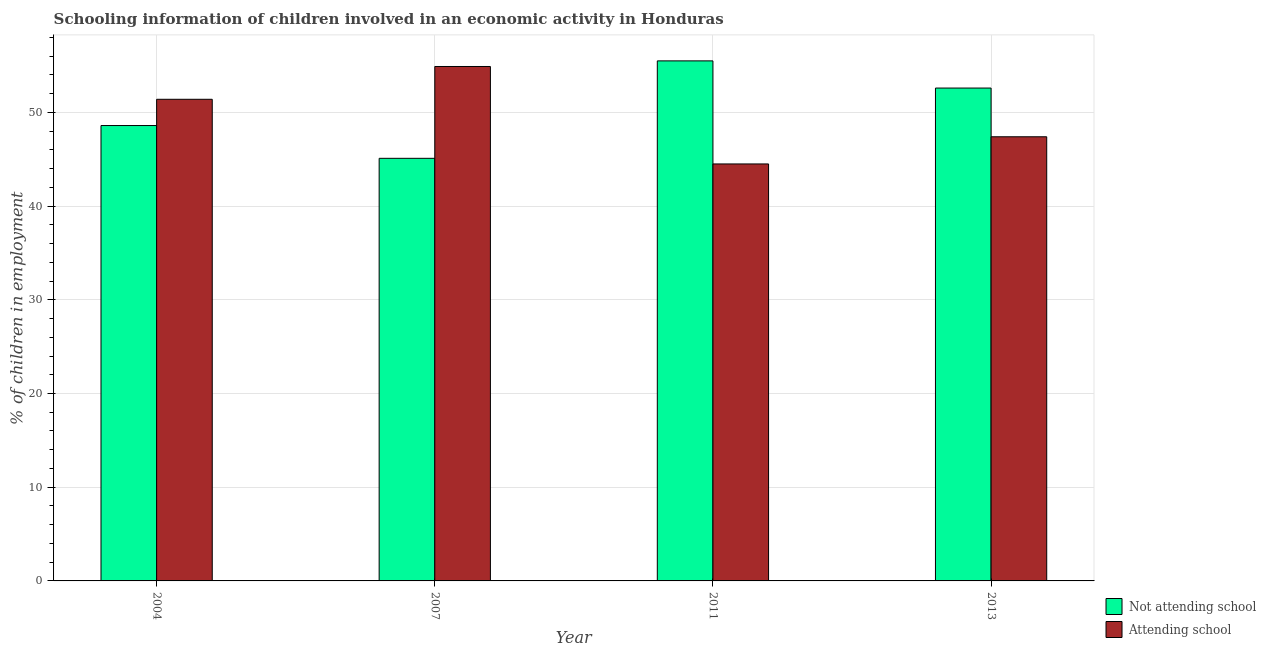
| Year | Not attending school | Attending school |
 | --- | --- | --- |
 | 2004 | 48.6 | 51.4 |
 | 2007 | 45.1 | 54.9 |
 | 2011 | 55.5 | 44.5 |
 | 2013 | 52.6 | 47.4 |